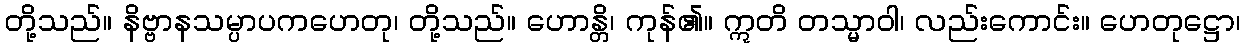
တို့သည်။ နိဗ္ဗာနသမ္ပာပကဟေတု၊ တို့သည်။ ဟောန္တိ၊ ကုန်၏။ ဣတိ တသ္မာဝါ၊ လည်းကောင်း။ ဟေတုဋ္ဌော၊